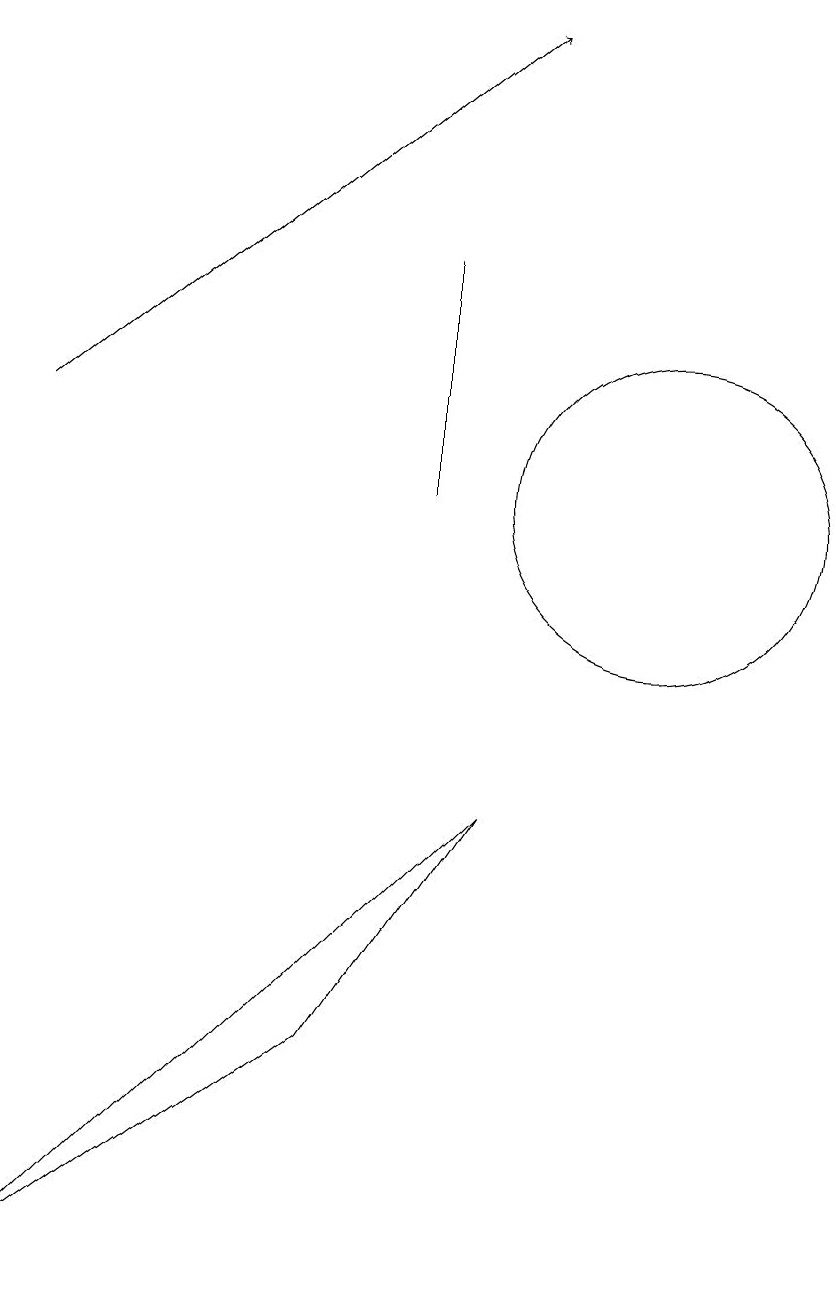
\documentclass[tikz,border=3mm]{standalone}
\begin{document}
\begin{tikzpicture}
\draw (7,15) rectangle (7,12);
\draw (6,5) -- (2,2) -- (8,8) -- cycle;
\draw (10,12) circle (2);
\draw[->] (2,13) -- (8,18);
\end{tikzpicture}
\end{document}